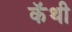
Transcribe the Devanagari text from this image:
कॅथी